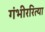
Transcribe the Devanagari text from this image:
गंभीररित्या